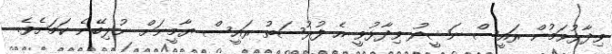
ވިދާޅުވަމުން ރައީސް ނަޝީދު ވިދާޅުވީ އެ ފުރުސަތު ރައީސް ޔާމީނަށް ނުލިބޭނެ ކަމަށެވެ.